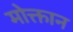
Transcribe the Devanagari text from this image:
मोक्तान